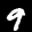
Label: 9